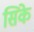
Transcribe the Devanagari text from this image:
सिके